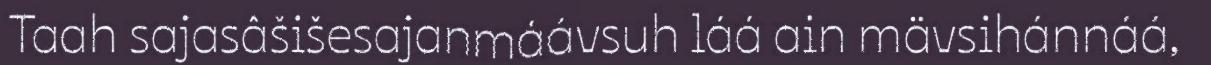
Taah sajasâšišesajanmáávsuh láá ain mävsihánnáá,